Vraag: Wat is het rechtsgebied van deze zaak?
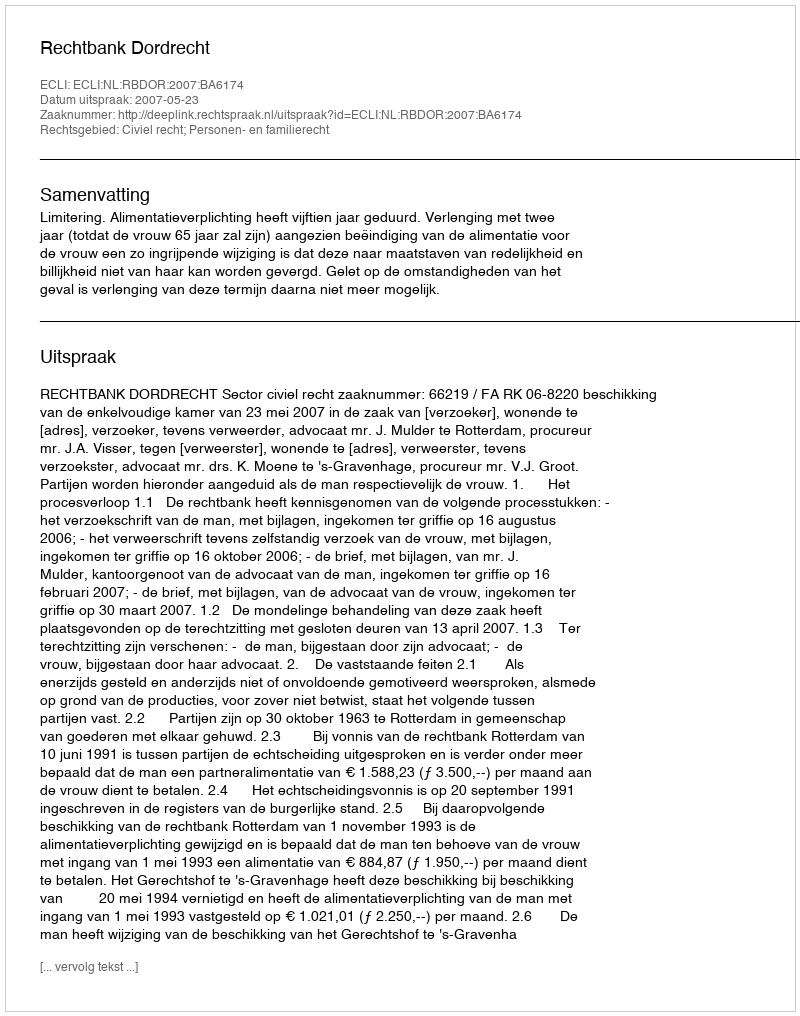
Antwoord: Civiel recht; Personen- en familierecht